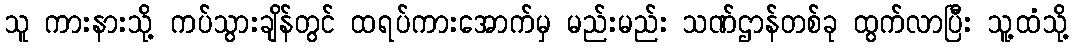
သူ ကားနားသို့ ကပ်သွားချိန်တွင် ထရပ်ကားအောက်မှ မည်းမည်း သဏ်ဌာန်တစ်ခု ထွက်လာပြီး သူ့ထံသို့